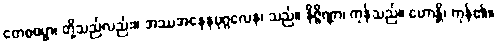
တေစဓမ္မာ၊ တို့သည်လည်း။ အဿအနေနပုဂ္ဂလေန၊ သည်။ နိဇ္ဇိဏ္ဏာ၊ ကုန်သည်။ ဟောန္တိ၊ ကုန်၏။